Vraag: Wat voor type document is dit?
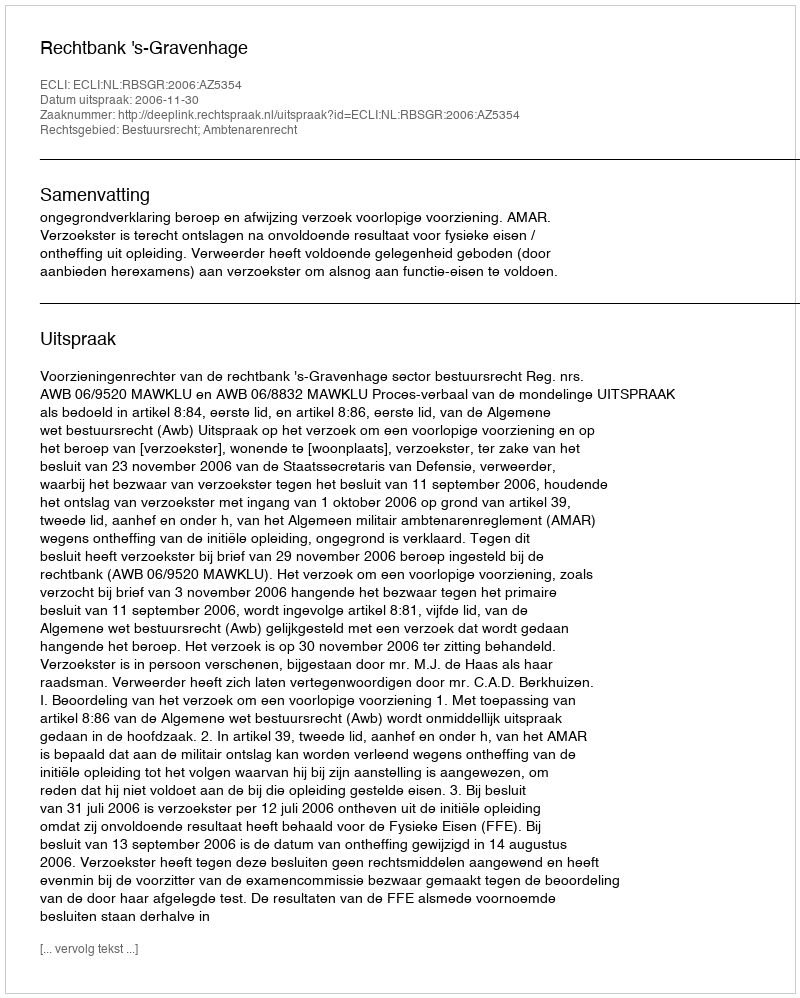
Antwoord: Uitspraak